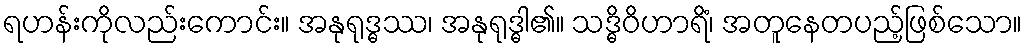
ရဟန်းကိုလည်းကောင်း။ အနုရုဒ္ဓဿ၊ အနုရုဒ္ဓါ၏။ သဒ္ဓိဝိဟာရိံ၊ အတူနေတပည့်ဖြစ်သော။